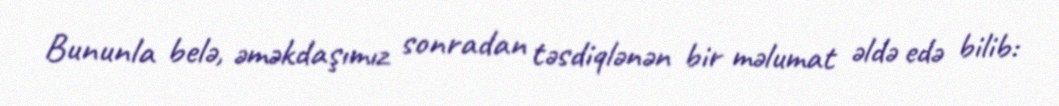
Bununla belə, əməkdaşımız sonradan təsdiqlənən bir məlumat əldə edə bilib: